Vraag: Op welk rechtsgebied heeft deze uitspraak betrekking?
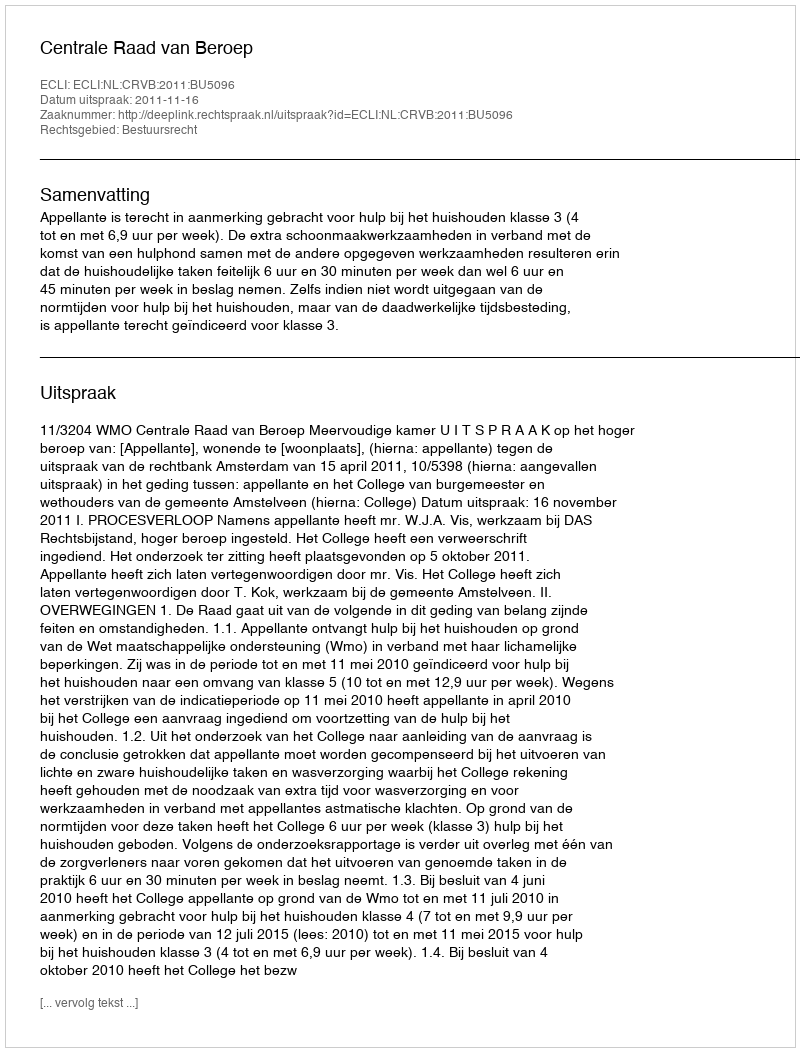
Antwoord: Bestuursrecht